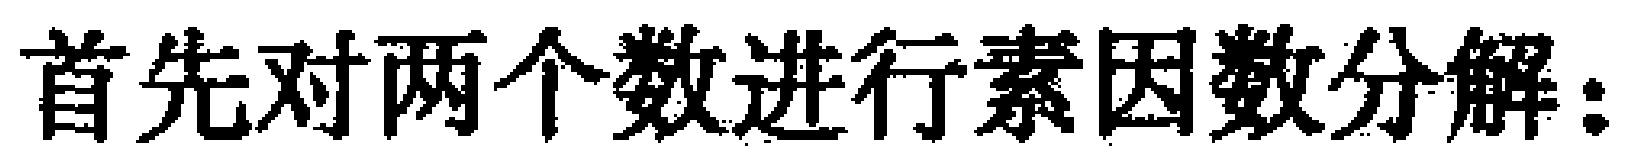
首先对两个数进行素因数分解：